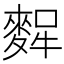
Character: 𪌸